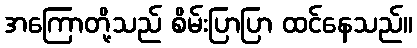
အကြောတို့သည် စိမ်းပြာပြာ ထင်နေသည်။